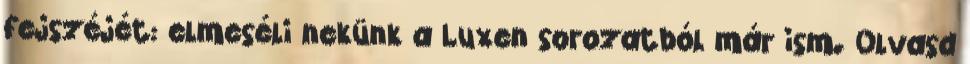
fejszéjét: elmeséli nekünk a Luxen sorozatból már ism. Olvasd